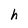
Character: h